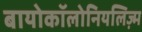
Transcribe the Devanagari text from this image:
बायोकॉलोनियलिज़्म